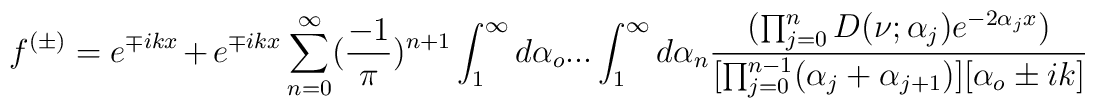
f^{(\pm)}=e^{\mp ikx}+e^{\mp ikx}\sum_{n=0}^{\infty}(\frac{-1}{\pi})^{n+1}\int_{1}^{\infty}d\alpha_o...\int_{1}^{\infty}d\alpha_n\frac{(\prod_{j=0}^{n}D(\nu;\alpha_j)e^{-2\alpha_jx})}{[\prod_{j=0}^{n-1}(\alpha_j+\alpha_{j+1})][\alpha_o\pm ik]}